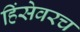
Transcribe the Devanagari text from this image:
हिंसेवरच